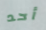
أحد